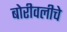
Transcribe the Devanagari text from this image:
बोरीवलीचे